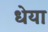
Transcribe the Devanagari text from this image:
धेया